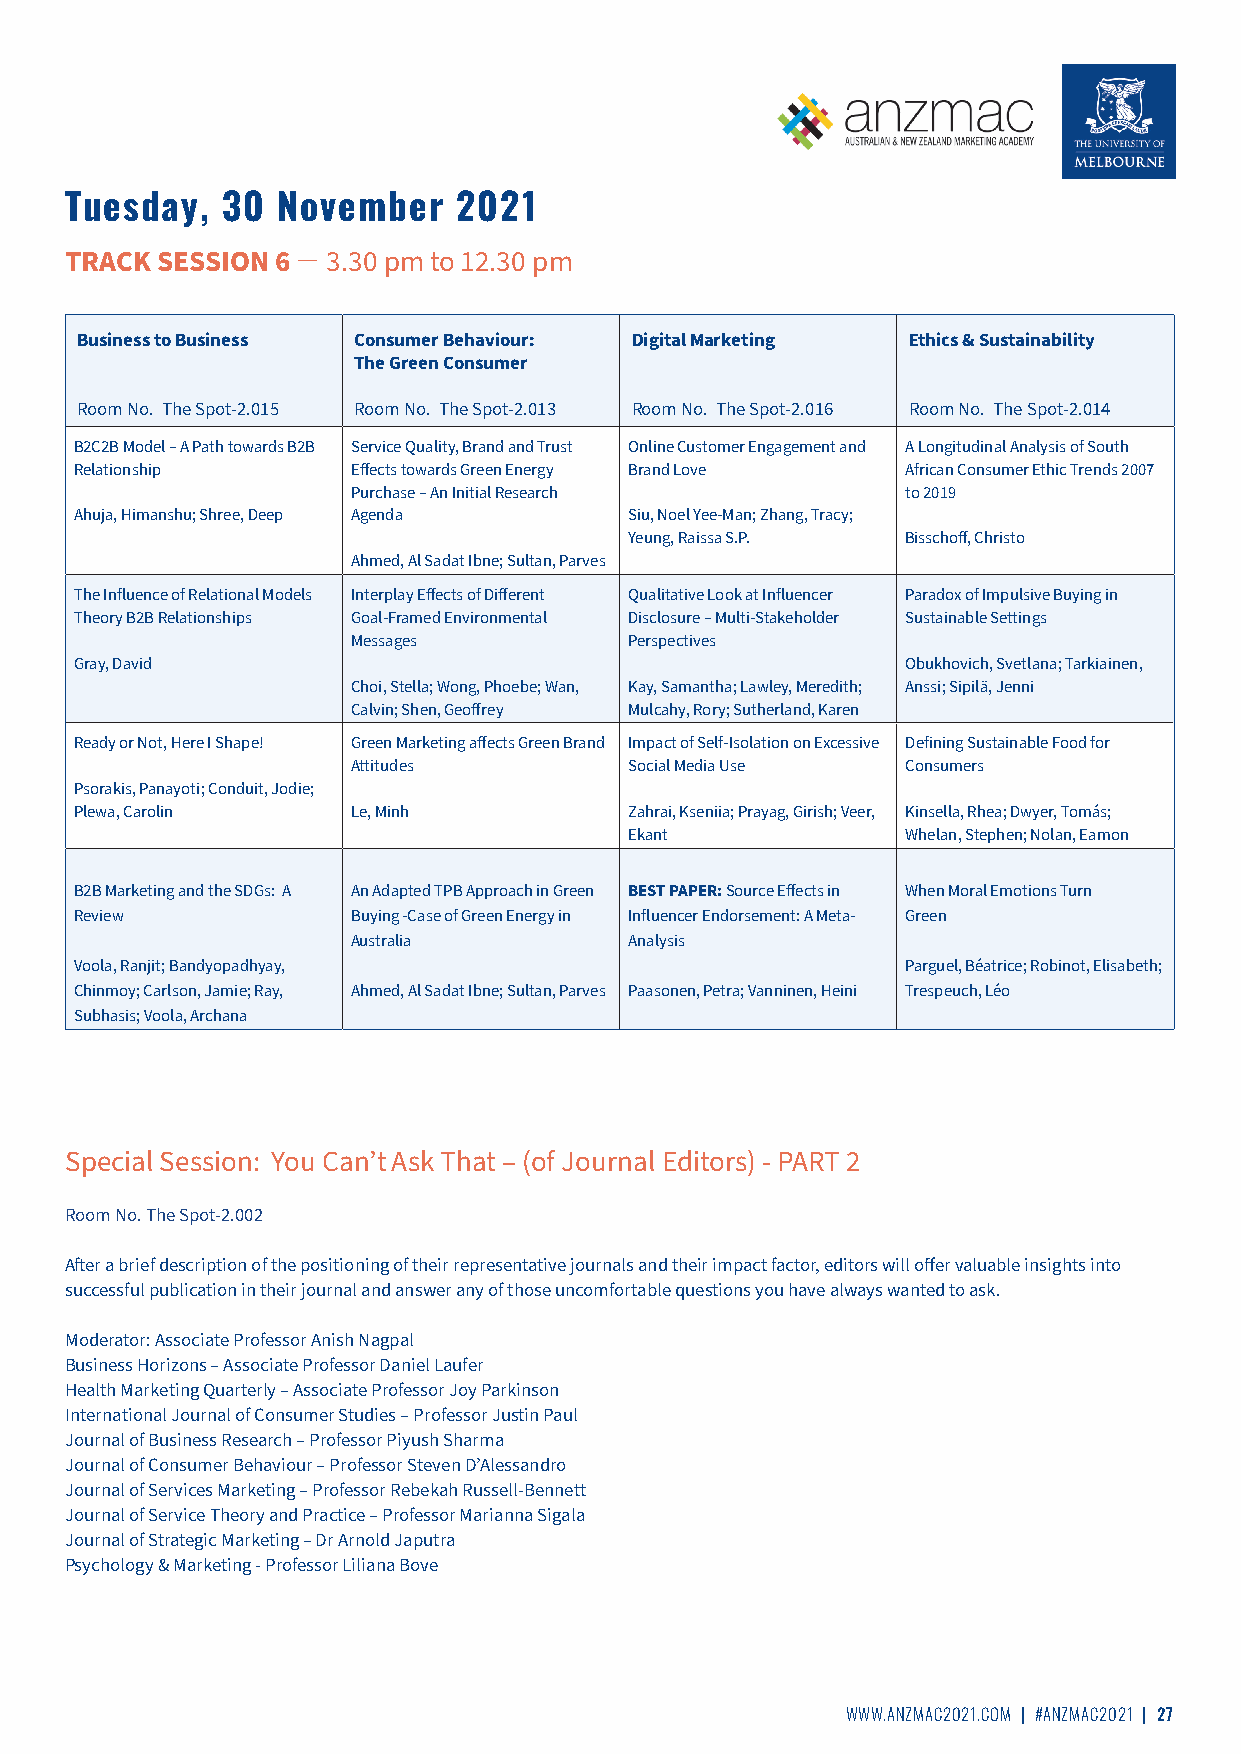
Tuesday,   30 November    2021
 TRACK SESSION 6 ̶ 3.30 pm to 12.30 pm
 Business to Business Consumer Behaviour: Digital Marketing Ethics & Sustainability
 The Green Consumer
 Room No. The Spot-2.015 Room No. The Spot-2.013 Room No. The Spot-2.016 Room No. The Spot-2.014
 B2C2B Model – A Path towards B2B Service Quality, Brand and Trust Online Customer Engagement and A Longitudinal Analysis of South
 Relationship      Effects towards Green Energy Brand Love African Consumer Ethic Trends 2007
 Purchase – An Initial Research       to 2019
 Ahuja, Himanshu; Shree, Deep Agenda  Siu, Noel Yee-Man; Zhang, Tracy;
 Yeung, Raissa S.P. Bisschoff, Christo
 Ahmed, Al Sadat Ibne; Sultan, Parves
 The Influence of Relational Models Interplay Effects of Different Qualitative Look at Influencer Paradox of Impulsive Buying in
 Theory B2B Relationships Goal-Framed Environmental Disclosure – Multi-Stakeholder Sustainable Settings
 Messages           Perspectives
 Gray, David                                            Obukhovich, Svetlana; Tarkiainen,
 Choi, Stella; Wong, Phoebe; Wan, Kay, Samantha; Lawley, Meredith; Anssi; Sipilä, Jenni
 Calvin; Shen, Geoffrey Mulcahy, Rory; Sutherland, Karen
 Ready or Not, Here I Shape! Green Marketing affects Green Brand Impact of Self-Isolation on Excessive Defining Sustainable Food for
 Attitudes          Social Media Use  Consumers
 Psorakis, Panayoti; Conduit, Jodie;
 Plewa, Carolin    Le, Minh           Zahrai, Kseniia; Prayag, Girish; Veer, Kinsella, Rhea; Dwyer, Tomás;
 Ekant             Whelan, Stephen; Nolan, Eamon
 B2B Marketing and the SDGs: A An Adapted TPB Approach in Green BEST PAPER: Source Effects in When Moral Emotions Turn
 Review            Buying -Case of Green Energy in Influencer Endorsement: A Meta- Green
 Australia          Analysis
 Voola, Ranjit; Bandyopadhyay,                          Parguel, Béatrice; Robinot, Elisabeth;
 Chinmoy; Carlson, Jamie; Ray, Ahmed, Al Sadat Ibne; Sultan, Parves Paasonen, Petra; Vanninen, Heini Trespeuch, Léo
 Subhasis; Voola, Archana
 Special Session: You Can’t Ask That – (of Journal Editors) - PART 2
 Room No. The Spot-2.002
 After a brief description of the positioning of their representative journals and their impact factor, editors will offer valuable insights into
 successful publication in their journal and answer any of those uncomfortable questions you have always wanted to ask.
 Moderator: Associate Professor Anish Nagpal
 Business Horizons – Associate Professor Daniel Laufer
 Health Marketing Quarterly – Associate Professor Joy Parkinson
 International Journal of Consumer Studies – Professor Justin Paul
 Journal of Business Research – Professor Piyush Sharma
 Journal of Consumer Behaviour – Professor Steven D’Alessandro
 Journal of Services Marketing – Professor Rebekah Russell-Bennett
 Journal of Service Theory and Practice – Professor Marianna Sigala
 Journal of Strategic Marketing – Dr Arnold Japutra
 Psychology & Marketing - Professor Liliana Bove
 WWW.ANZMAC2021.COM | #ANZMAC2021 | 27